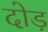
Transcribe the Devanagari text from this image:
दोड़